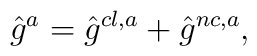
\hat{g}^a = \hat{g}^{cl, a} + \hat{g}^{nc, a} ,